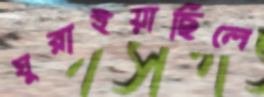
ঘুরাইয়াছিলে